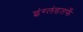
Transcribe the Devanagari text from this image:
इंग्लंडतर्फे